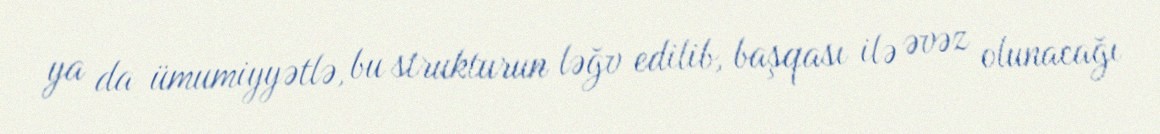
ya da ümumiyyətlə, bu strukturun ləğv edilib, başqası ilə əvəz olunacağı